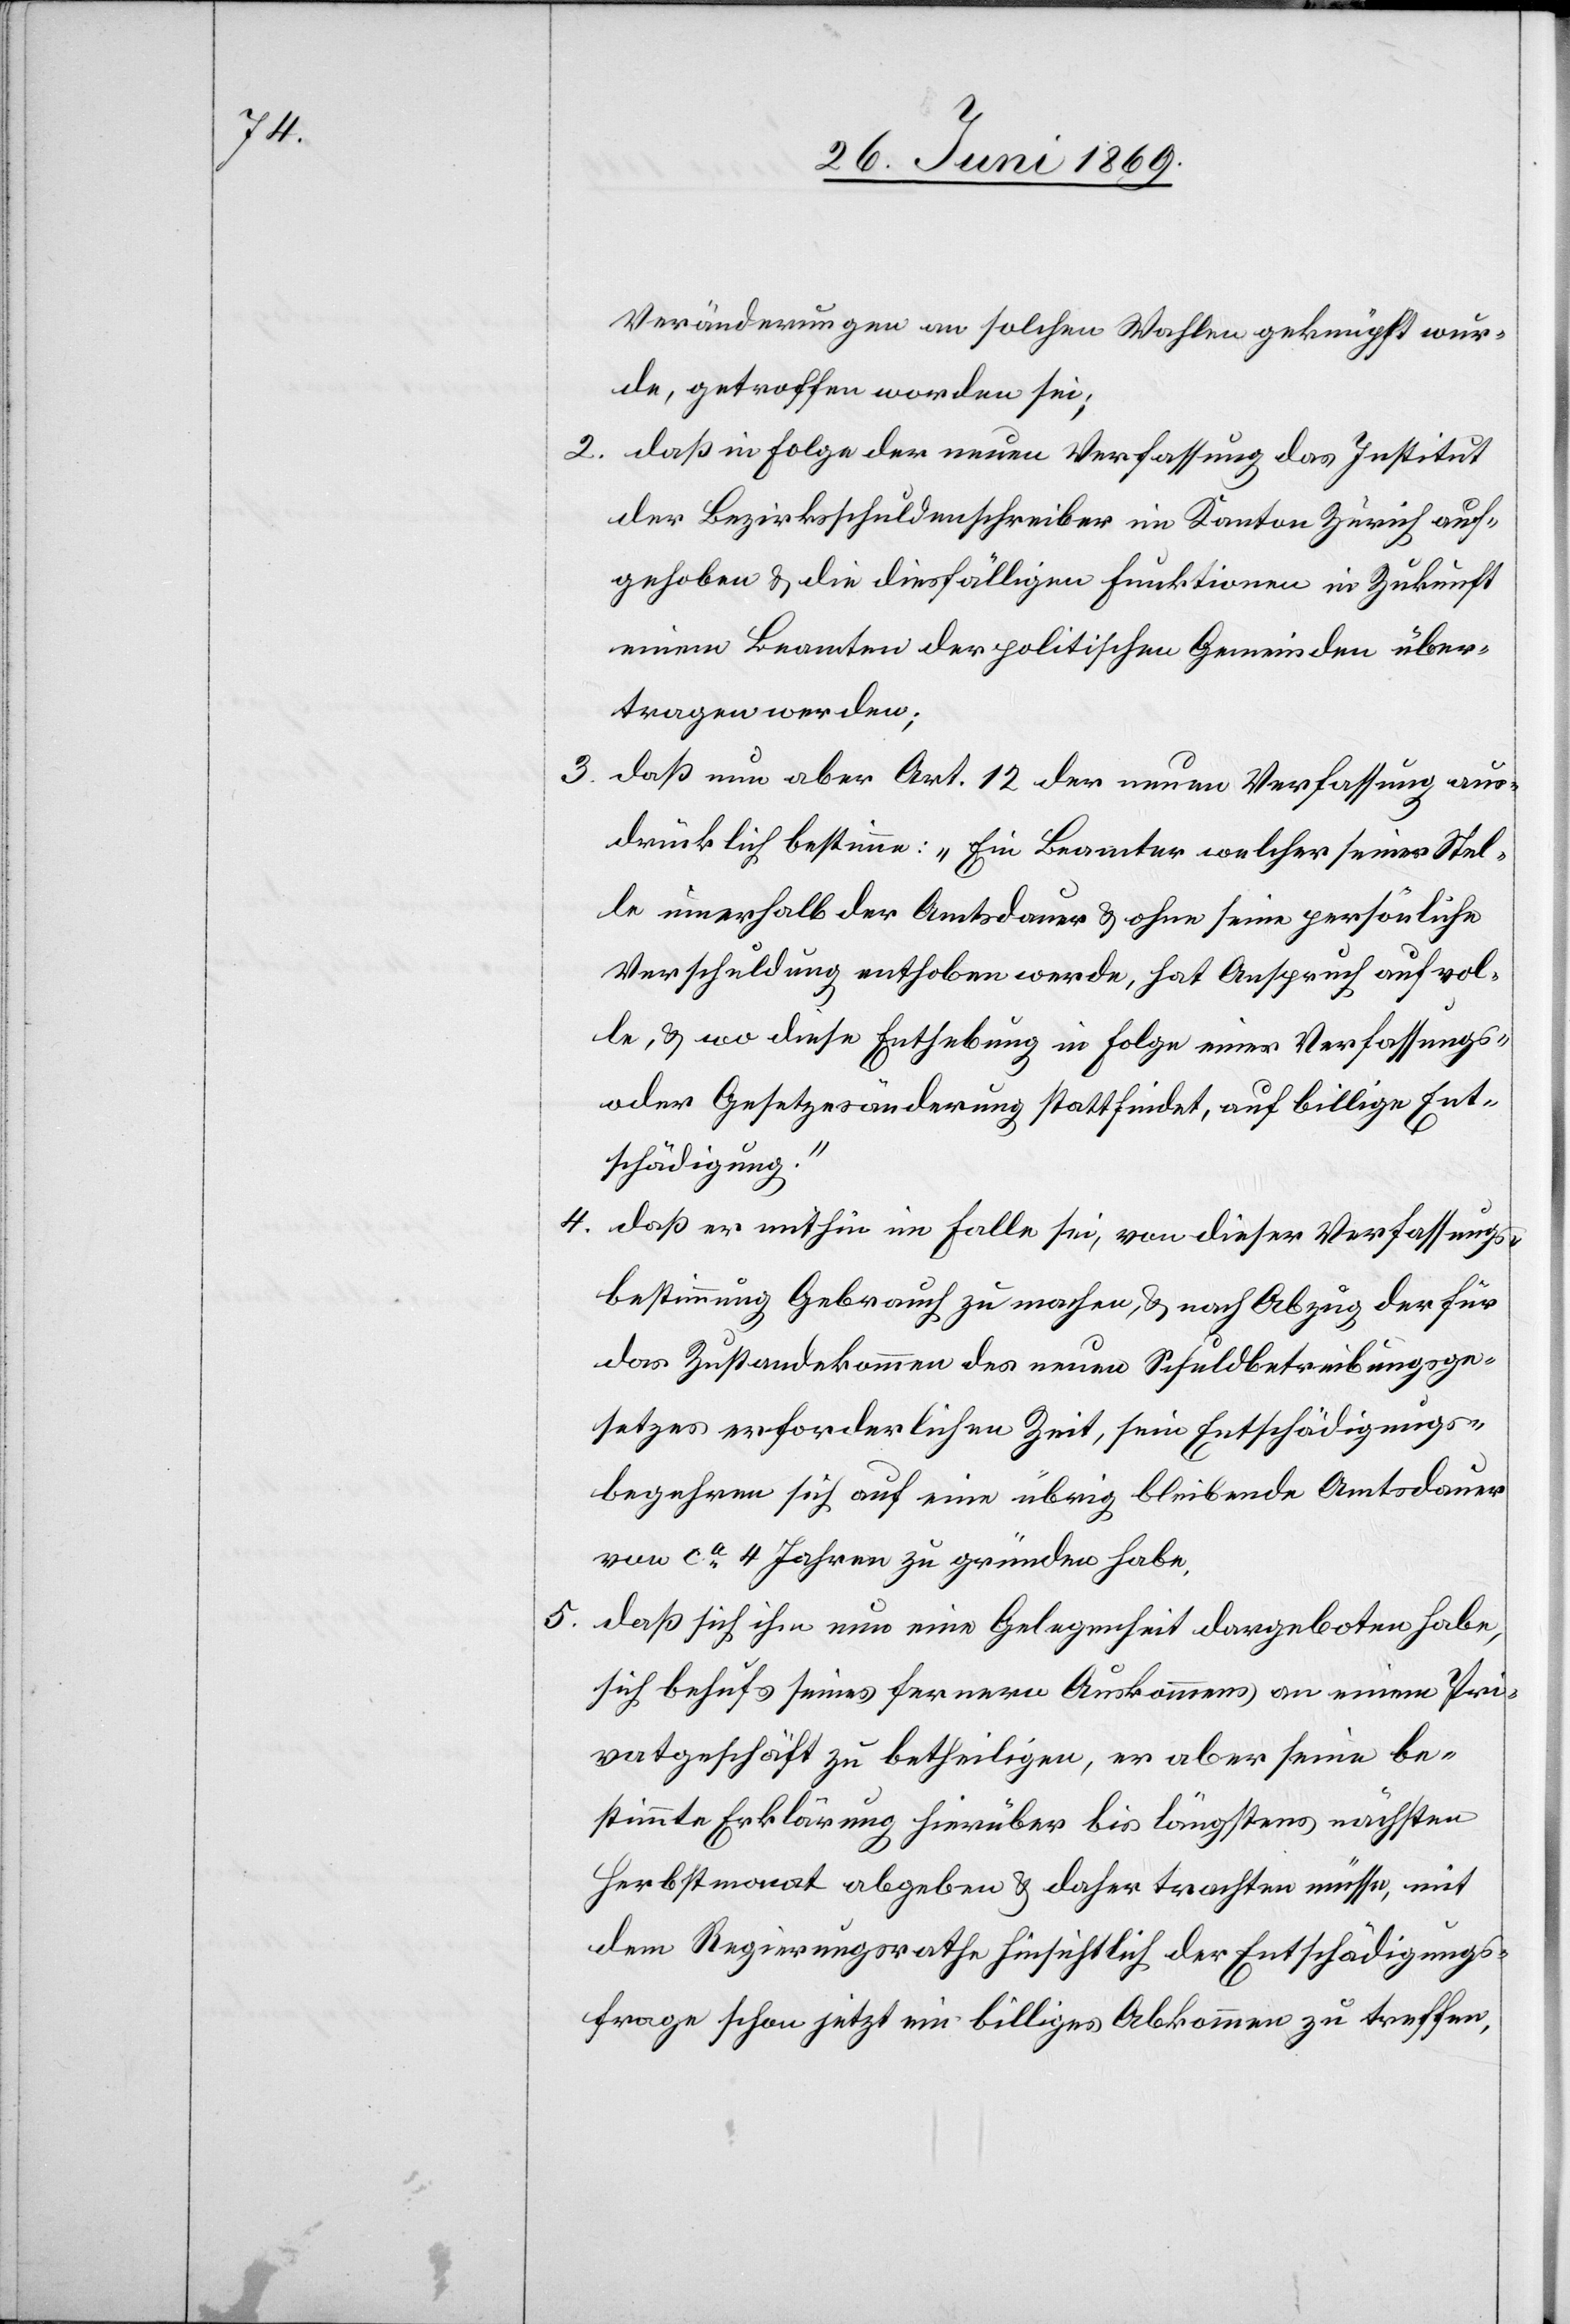
Veränderungen an solchen Wahlen geknüpft wur¬
de, getroffen worden sei;
2. daß in Folge der neuen Verfassung das Institut
der Bezirksschuldenschreiber im Kanton Zürich auf¬
gehoben u. die diesfälligen Funktionen in Zukunft
einen Beamten der politischen Gemeinden über¬
tragen werden;
3. daß nun aber Art. 12 der neuen Verfassung aus¬
drücklich bestimme: „Ein Beamter welcher seiner Stel¬
le innerhalb der Amtsdauer u. ohne seine persönliche
Verschuldung enthoben werde, hat Anspruch auf vol¬
le u. wo diese Enthebung in Folge eines Verfassungs-
oder Gesetzesänderung stattfindet, auf billige Ent¬
schädigung.“
4. daß er mithin im Falle sei, von dieser Verfassungs¬
bestimmung Gebrauch zu machen, u. nach Abzug der für
das Zustandekommen des neuen Schuldbetreibungsge¬
setzes erforderlichen Zeit, sein Entschädigungs¬
begehren sich auf eine übrig bleibende Amtsdauer
von ca 4 Jahren zu gründen habe.
5. daß sich ihm nun eine Gelegenheit dargeboten habe,
sich behufs seines ferneren Auskommens an einem Pri¬
vatgeschäft zu betheiligen, er aber seine be¬
stimmte Erklärung hierüber bis längstens nächsten
Herbstmonat abgeben u. daher trachten müsse, mit
dem Regierungsrathe hinsichtlich der Entschädigungs¬
frage schon jetzt ein billiges Abkommen zu treffen,